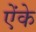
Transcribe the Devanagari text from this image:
ऐंके